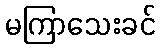
မကြာသေးခင်